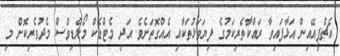
އެޗްޕީއޭއިން އަޅާފައިވާ ރައްކާތެރިކަމުގެ ފިޔަވަޅުތަކާއި އެއްގޮތަށެވެ. އަދި މެޓްޑެކް މޯލްޑިވްސް މެދުވެރިކޮށް މި